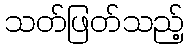
သတ်ဖြတ်သည့်